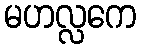
မဟလ္လကေ